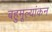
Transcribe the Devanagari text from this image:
बहुमूल्यांकन